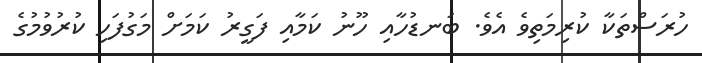
ހުރަސްތަކާ ކުރިމަތިވެ އެވެ. ބަނޑުހާއި ހޫނު ކަމާއި ފަގީރު ކަމަށް މަގުފަހި ކުރުވުމުގެ